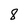
Character: 8